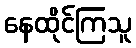
နေထိုင်ကြသူ